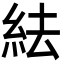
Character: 紶